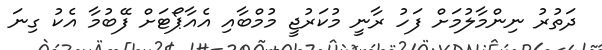
ދަތުރު ނިންމާލުމަށް ފަހު ރާނީ މުކަރުޖީ މުމްބާއި އެއާޕޯޓަށް ފޭބުމާ އެކު ގިނަ